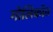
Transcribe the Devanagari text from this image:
गोलिकॉव